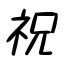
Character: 祝